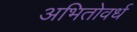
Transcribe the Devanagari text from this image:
अभितोवर्ध